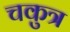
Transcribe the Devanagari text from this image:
चकुत्र